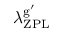
{ \lambda _ { \mathrm { Z P L } } ^ { \mathrm { g } ^ { \prime } } }